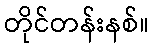
တိုင်တန်းနစ်။